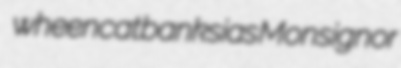
wheencat banksias Monsignor